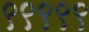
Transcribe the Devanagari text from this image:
९९९९९